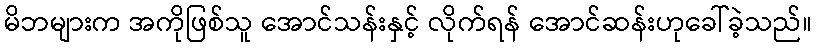
မိဘများက အကိုဖြစ်သူ အောင်သန်းနှင့် လိုက်ရန် အောင်ဆန်းဟုခေါ်ခဲ့သည်။